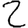
Digit: 2